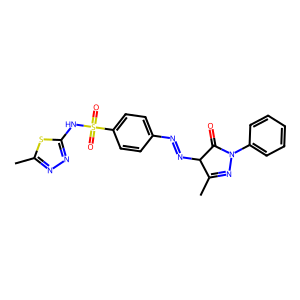
SMILES: CC1=NN(c2ccccc2)C(=O)C1N=Nc1ccc(S(=O)(=O)Nc2nnc(C)s2)cc1
Inhibits HIV replication: No